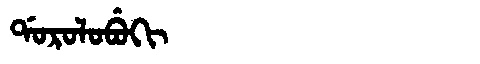
Manchu: ᡩᠣᡵᠣᠯᠣᠪᡠᡴᡳ
Romanization: DOROLOBUKI